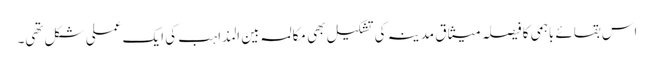
اس بقائے باہمی کا فیصلہ میثاق مدینہ کی تشکیل بھی مکالمہ بین المذاہب کی ایک عملی شکل تھی۔